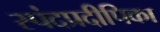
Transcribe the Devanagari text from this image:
स्पंदप्रदीपिका